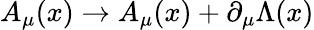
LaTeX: A_{\mu}(x)\to A_{\mu}(x)+\partial_{\mu}\Lambda(x)